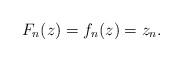
LaTeX: \begin{align*}F_n(z) = f_n(z) = z_n .\end{align*}